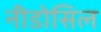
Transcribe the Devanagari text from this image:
नीडोसिल